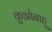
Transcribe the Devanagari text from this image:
कुओनाहू